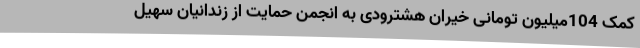
کمک 104میلیون تومانی خیران هشترودی به انجمن حمایت از زندانیان سهیل